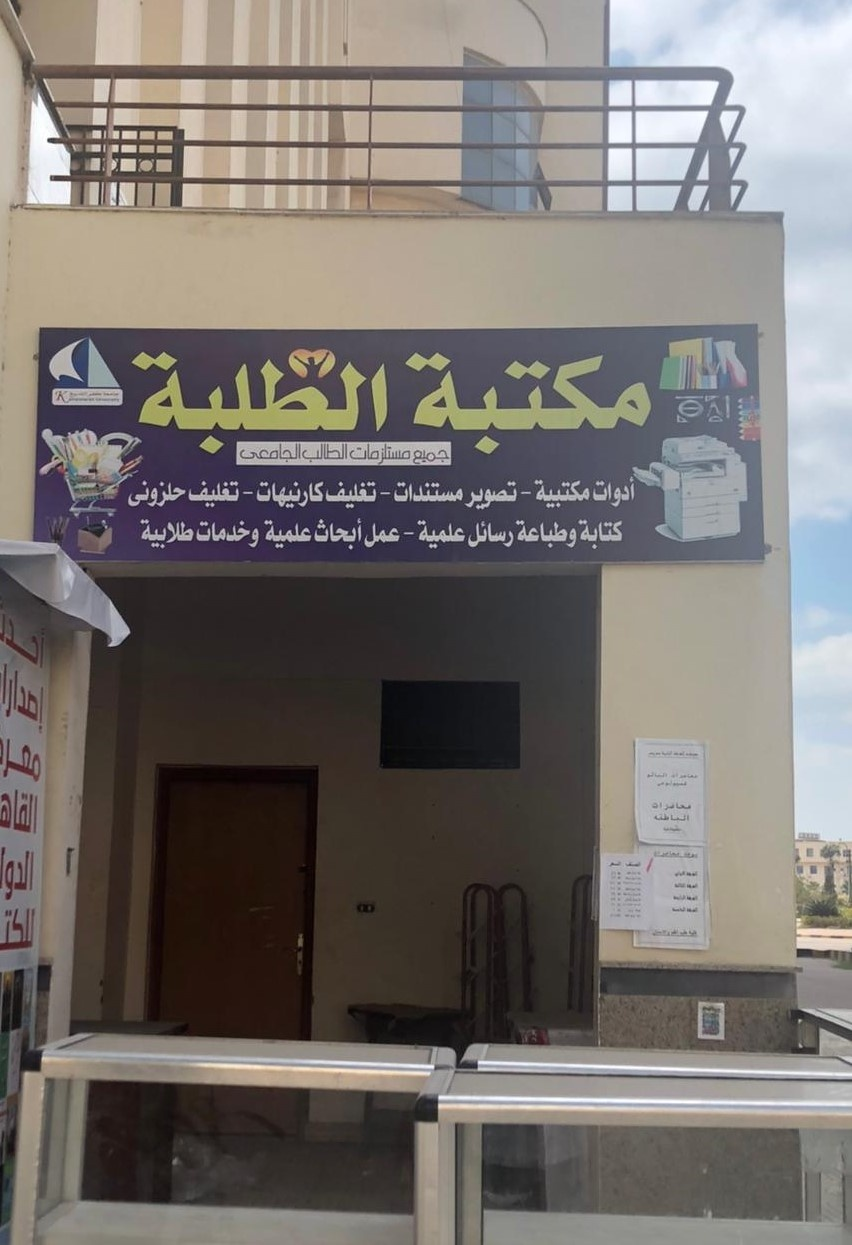
Text in image: الطلبة مكتبة الطالب جميع مستلزمات الجامعى أدوات مستندات كارنيهات تغليف مكتبية تغليف تصوير حلزوني كتابة وطباعة أبحاث طلابية علمية عمل وخدمات رسائل علمية